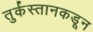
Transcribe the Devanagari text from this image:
तुर्कस्तानकडून